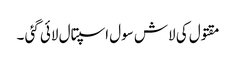
مقتول کی لاش سول اسپتال لائی گئی ۔